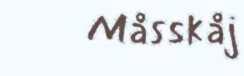
Måsskåj